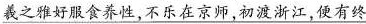
\underline{羲之雅好服食养性，不乐在京师，初渡浙江，便有终}